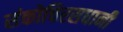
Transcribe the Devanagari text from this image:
संकोचिरसधानी